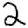
Digit: 2